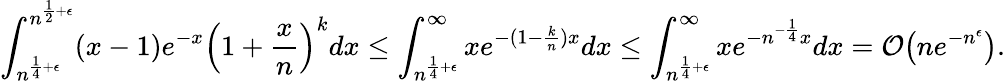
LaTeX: \int_{n^{\frac{1}{4}+\epsilon}}^{n^{\frac{1}{2}+\epsilon}}(x-1)e^{-x}\Big(1+\frac{x}{n}\Big)^{k}dx\le\int_{n^{\frac{1}{4}+\epsilon}}^{\infty}xe^{-(1-\frac{k}{n})x}dx\le\int_{n^{\frac{1}{4}+\epsilon}}^{\infty}xe^{-n^{-\frac{1}{4}}x}dx=\mathcal{O}\big(ne^{-n^{\epsilon}}\big).